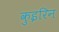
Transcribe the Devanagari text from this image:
कुइरिन